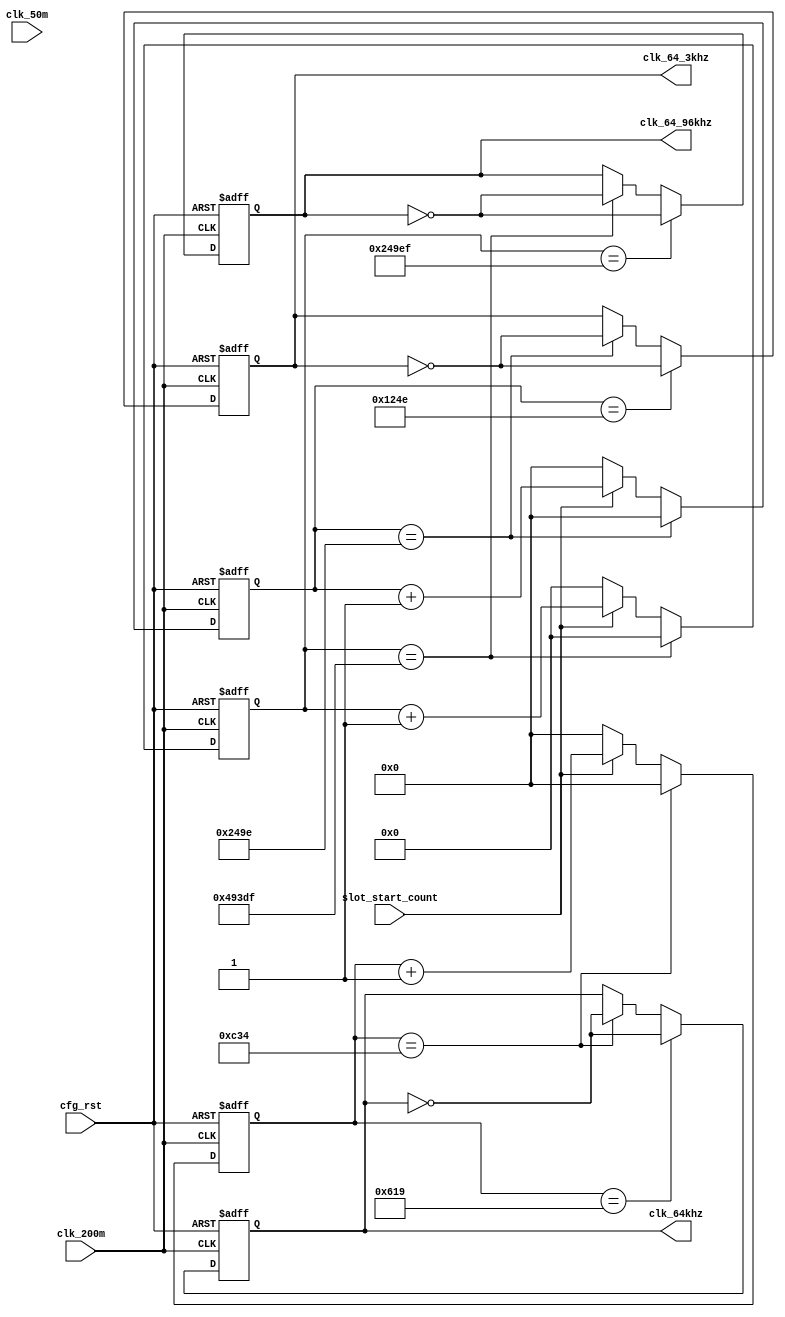
`timescale 1ns / 1ps
//////////////////////////////////////////////////////////////////////////////////
// Company: 
// Engineer: 
// 
// Design Name: 
// Module Name:    clk_creater 
// Project Name: 
// Target Devices: 
// Tool versions: 
// Description: 
//
// Dependencies: 
//
// Revision: 
// Revision 0.01 - File Created
// Additional Comments: 
//
//////////////////////////////////////////////////////////////////////////////////
module clk_creater(
input clk_200m,
input clk_50m,

input cfg_rst,
input slot_start_count,//dacSPIslot_start_count11

output clk_64khz,
output clk_64_3khz,//21.33khz ~= 64khz/3
output clk_64_96khz//666.67hz ~= 64khz/96
    );
	 

reg clk_64khz_reg;
reg clk_64_3khz_reg;
reg clk_64_96khz_reg;
reg [14:0]count_64khz;
reg [14:0]count_64_3khz;
reg [19:0]count_64_96khz;
//////////////////////////////////////////////////////////////////////////////////

assign clk_64khz    = clk_64khz_reg;
assign clk_64_3khz  = clk_64_3khz_reg;
assign clk_64_96khz = clk_64_96khz_reg;

//////////////////////////////////////////////////////////////////////////////////


///////////////64kHz clk generate//////////////////
always@(posedge clk_200m or posedge cfg_rst)
begin
	  if(cfg_rst) begin
	  	count_64khz <= 15'd0;
	  end
	  else if(count_64khz == 15'd3124)begin//200mhz312564khz
	  	count_64khz <= 15'd0;
	  end
	  else if(slot_start_count)begin
	  	count_64khz <= count_64khz + 15'd1;
	  end
	  else begin
	  	count_64khz <= 15'd0;
	  end
end

always@(posedge clk_200m or posedge cfg_rst)
begin
	  if(cfg_rst) begin
	  	clk_64khz_reg <= 1'b0;
	  end
	  else if(count_64khz == 15'd1561)begin
	  	clk_64khz_reg <= !clk_64khz_reg;
	  end
	  else if(count_64khz == 15'd3124)begin
	   clk_64khz_reg <= !clk_64khz_reg;
	  end
	  else begin
	  	clk_64khz_reg <= clk_64khz_reg;
	  end
end
///////////////21.33kHz clk generate//////////////////
always@(posedge clk_200m or posedge cfg_rst)
begin
	  if(cfg_rst) begin
	  	count_64_3khz <= 15'd0;
	  end
	  else if(count_64_3khz == 15'd9374)begin//200mhz3125*3=937521.33khz
	  	count_64_3khz <= 15'd0;
	  end
	  else if(slot_start_count)begin
	  	count_64_3khz <= count_64_3khz + 15'd1;
	  end
	  else begin
	  	count_64_3khz <= 15'd0;
	  end
end

always@(posedge clk_200m or posedge cfg_rst)
begin
	  if(cfg_rst) begin
	  	clk_64_3khz_reg <= 1'b0;
	  end
	  else if(count_64_3khz == 15'd4686)begin
	  	clk_64_3khz_reg <= !clk_64_3khz_reg;
	  end
	  else if(count_64_3khz == 15'd9374)begin
	   clk_64_3khz_reg <= !clk_64_3khz_reg;
	  end
	  else begin
	  	clk_64_3khz_reg <= clk_64_3khz_reg;
	  end
end
///////////////666.67Hz clk generate//////////////////
always@(posedge clk_200m or posedge cfg_rst)
begin
	  if(cfg_rst) begin
	  	count_64_96khz <= 20'd0;
	  end
	  else if(count_64_96khz == 20'd299999)begin//200mhz3125*96=300000666.67hz
	  	count_64_96khz <= 20'd0;
	  end
	  else if(slot_start_count)begin
	  	count_64_96khz <= count_64_96khz + 20'd1;
	  end
	  else begin
	  	count_64_96khz <= 20'd0;
	  end
end

always@(posedge clk_200m or posedge cfg_rst)
begin
	  if(cfg_rst) begin
	  	clk_64_96khz_reg <= 1'b0;
	  end
	  else if(count_64_96khz == 20'd149999)begin
	  	clk_64_96khz_reg <= !clk_64_96khz_reg;
	  end
	  else if(count_64_96khz == 20'd299999)begin
	   clk_64_96khz_reg <= !clk_64_96khz_reg;
	  end
	  else begin
	  	clk_64_96khz_reg <= clk_64_96khz_reg;
	  end
end

endmodule